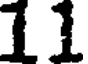
11